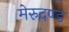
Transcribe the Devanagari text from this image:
मेरुदण्‍ड